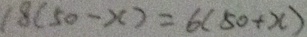
1 8 ( 5 0 - x ) = 6 ( 5 0 + x )